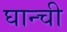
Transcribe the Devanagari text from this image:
घान्ची